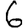
Digit: 6